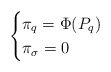
\begin{align*}\begin{cases}\pi_{q}=\Phi(P_q) & \\\pi_{\sigma} = 0 & \end{cases}\end{align*}